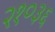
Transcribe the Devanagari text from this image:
२१०३६